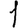
Digit: 1